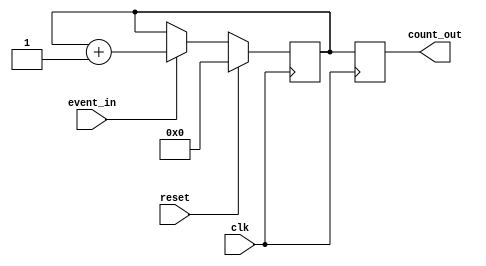
module EventCounter (
    input wire clk,          // Clock signal
    input wire reset,        // Reset signal
    input wire event_in,     // Event input signal
    output reg [7:0] count_out // 8-bit count output
);

    // Internal register to hold the count value
    reg [7:0] count_reg;

    // Synchronous process for counting and resetting
    always @(posedge clk) begin
        if (reset) begin
            // Reset the count to zero
            count_reg <= 8'b0;
        end else if (event_in) begin
            // Increment the count on the event signal
            count_reg <= count_reg + 1;
        end
    end

    // Assign the count register to the output
    always @(posedge clk) begin
        count_out <= count_reg;
    end

endmodule